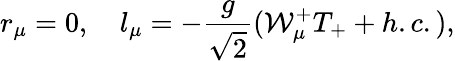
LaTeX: r_{\mu}=0,\quad l_{\mu}=-\frac{g}{\sqrt{2}}({\cal W}_{\mu}^{+}T_{+}+h.c.),